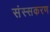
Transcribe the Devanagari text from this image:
संस्सकरण